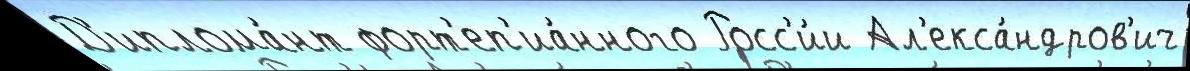
Д'иплома́нт форт'еп'иа́нного Росс'и́и Ал'екса́ндров'ич